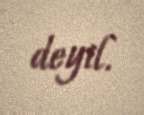
deyil.